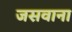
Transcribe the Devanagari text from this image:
जसवाना